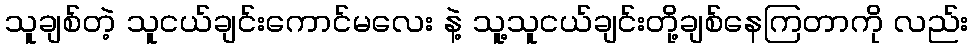
သူချစ်တဲ့ သူငယ်ချင်းကောင်မလေး နဲ့ သူ့သူငယ်ချင်းတို့ချစ်နေကြတာကို လည်း